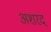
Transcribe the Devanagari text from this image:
अशरद